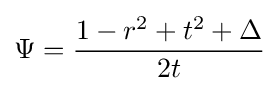
\Psi ={\frac {1-r^{2}+t^{2}+\Delta }{2t}}